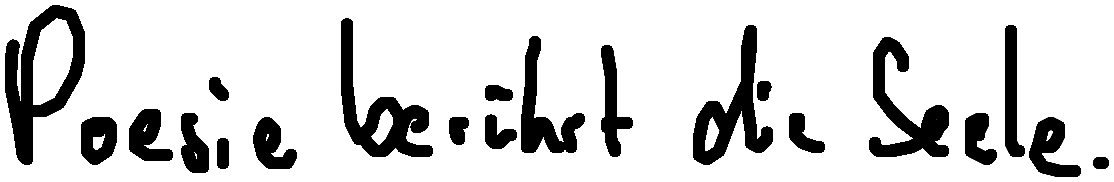
Poesie berührt die Seele.